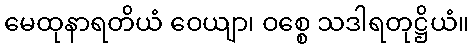
မေထုနာရတိယံ ဝေယျာ၊ ဝစ္စေ သဒါရတုဋ္ဌိယံ။